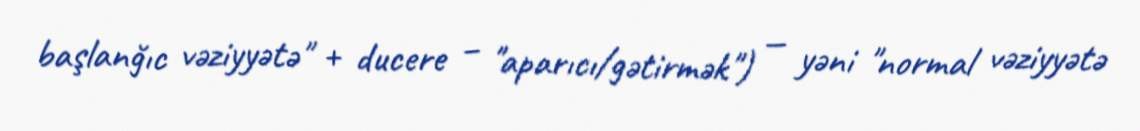
başlanğıc vəziyyətə" + ducere – "aparıcı/gətirmək") — yəni "normal vəziyyətə